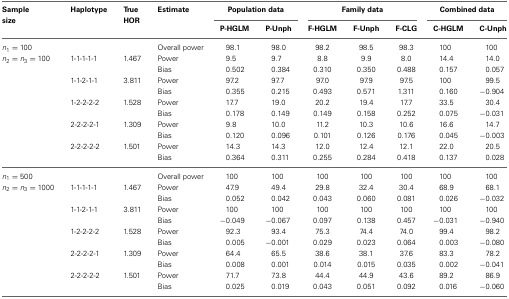
<table><thead><tr><td><b>Sample size</b></td><td><b>Haplotype</b></td><td><b>True HOR</b></td><td><b>Estimate</b></td><td colspan="2"><b>Population data</b></td><td colspan="3"><b>Family data</b></td><td colspan="2"><b>Combined data</b></td></tr><tr><td></td><td></td><td></td><td></td><td><b>P-HGLM</b></td><td><b>P-Unph</b></td><td><b>F-HGLM</b></td><td><b>F-Unph</b></td><td><b>F-CLG</b></td><td><b>C-HGLM</b></td><td><b>C-Unph</b></td></tr></thead><tbody><tr><td><i>n</i><sub>1</sub> = 100</td><td></td><td></td><td>Overall power</td><td>98.1</td><td>98.0</td><td>98.2</td><td>98.5</td><td>98.3</td><td>100</td><td>100</td></tr><tr><td><i>n</i><sub>2</sub> = <i>n</i><sub>3</sub> = 100</td><td>1-1-1-1-1</td><td>1.467</td><td>Power</td><td>9.5</td><td>9.7</td><td>8.8</td><td>9.9</td><td>8.0</td><td>14.4</td><td>14.0</td></tr><tr><td></td><td></td><td></td><td>Bias</td><td>0.502</td><td>0.384</td><td>0.310</td><td>0.350</td><td>0.488</td><td>0.157</td><td>0.057</td></tr><tr><td></td><td>1-1-2-1-1</td><td>3.811</td><td>Power</td><td>97.2</td><td>97.7</td><td>97.0</td><td>97.9</td><td>97.5</td><td>100</td><td>99.5</td></tr><tr><td></td><td></td><td></td><td>Bias</td><td>0.355</td><td>0.215</td><td>0.493</td><td>0.571</td><td>1.311</td><td>0.160</td><td>−0.904</td></tr><tr><td></td><td>1-2-2-2-2</td><td>1.528</td><td>Power</td><td>17.7</td><td>19.0</td><td>20.2</td><td>19.4</td><td>17.7</td><td>33.5</td><td>30.4</td></tr><tr><td></td><td></td><td></td><td>Bias</td><td>0.178</td><td>0.149</td><td>0.149</td><td>0.158</td><td>0.252</td><td>0.075</td><td>−0.031</td></tr><tr><td></td><td>2-2-2-2-1</td><td>1.309</td><td>Power</td><td>9.8</td><td>10.0</td><td>11.2</td><td>10.3</td><td>10.6</td><td>16.6</td><td>14.7</td></tr><tr><td></td><td></td><td></td><td>Bias</td><td>0.120</td><td>0.096</td><td>0.101</td><td>0.126</td><td>0.176</td><td>0.045</td><td>−0.003</td></tr><tr><td></td><td>2-2-2-2-2</td><td>1.501</td><td>Power</td><td>14.3</td><td>14.3</td><td>12.0</td><td>12.4</td><td>12.1</td><td>22.0</td><td>20.5</td></tr><tr><td></td><td></td><td></td><td>Bias</td><td>0.364</td><td>0.311</td><td>0.255</td><td>0.284</td><td>0.418</td><td>0.137</td><td>0.028</td></tr><tr><td><i>n</i><sub>1</sub> = 500</td><td></td><td></td><td>Overall power</td><td>100</td><td>100</td><td>100</td><td>100</td><td>100</td><td>100</td><td>100</td></tr><tr><td><i>n</i><sub>2</sub> = <i>n</i><sub>3</sub> = 1000</td><td>1-1-1-1-1</td><td>1.467</td><td>Power</td><td>47.9</td><td>49.4</td><td>29.8</td><td>32.4</td><td>30.4</td><td>68.9</td><td>68.1</td></tr><tr><td></td><td></td><td></td><td>Bias</td><td>0.052</td><td>0.042</td><td>0.043</td><td>0.060</td><td>0.081</td><td>0.026</td><td>−0.032</td></tr><tr><td></td><td>1-1-2-1-1</td><td>3.811</td><td>Power</td><td>100</td><td>100</td><td>100</td><td>100</td><td>100</td><td>100</td><td>100</td></tr><tr><td></td><td></td><td></td><td>Bias</td><td>−0.049</td><td>−0.067</td><td>0.097</td><td>0.138</td><td>0.457</td><td>−0.031</td><td>−0.940</td></tr><tr><td></td><td>1-2-2-2-2</td><td>1.528</td><td>Power</td><td>92.3</td><td>93.4</td><td>75.3</td><td>74.4</td><td>74.0</td><td>99.4</td><td>98.2</td></tr><tr><td></td><td></td><td></td><td>Bias</td><td>0.005</td><td>−0.001</td><td>0.029</td><td>0.023</td><td>0.064</td><td>0.003</td><td>−0.080</td></tr><tr><td></td><td>2-2-2-2-1</td><td>1.309</td><td>Power</td><td>64.4</td><td>65.5</td><td>38.6</td><td>38.1</td><td>37.6</td><td>83.3</td><td>78.2</td></tr><tr><td></td><td></td><td></td><td>Bias</td><td>0.008</td><td>0.001</td><td>0.014</td><td>0.015</td><td>0.035</td><td>0.002</td><td>−0.041</td></tr><tr><td></td><td>2-2-2-2-2</td><td>1.501</td><td>Power</td><td>71.7</td><td>73.8</td><td>44.4</td><td>44.9</td><td>43.6</td><td>89.2</td><td>86.9</td></tr><tr><td></td><td></td><td></td><td>Bias</td><td>0.025</td><td>0.019</td><td>0.043</td><td>0.051</td><td>0.092</td><td>0.016</td><td>−0.060</td></tr></tbody></table>